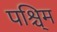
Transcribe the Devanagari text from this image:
पश्चि्म